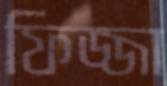
ফিজ্জা